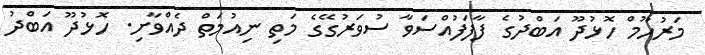
މަރުހޫމް ހޮޅުދޫ އަބްދުގެ ފާފަފުއްސަވާ ސުވަރުގޭގެ މަތި ނިއުމަތް ދެއްވާށި. ހޮޅުދޫ އަބްދު